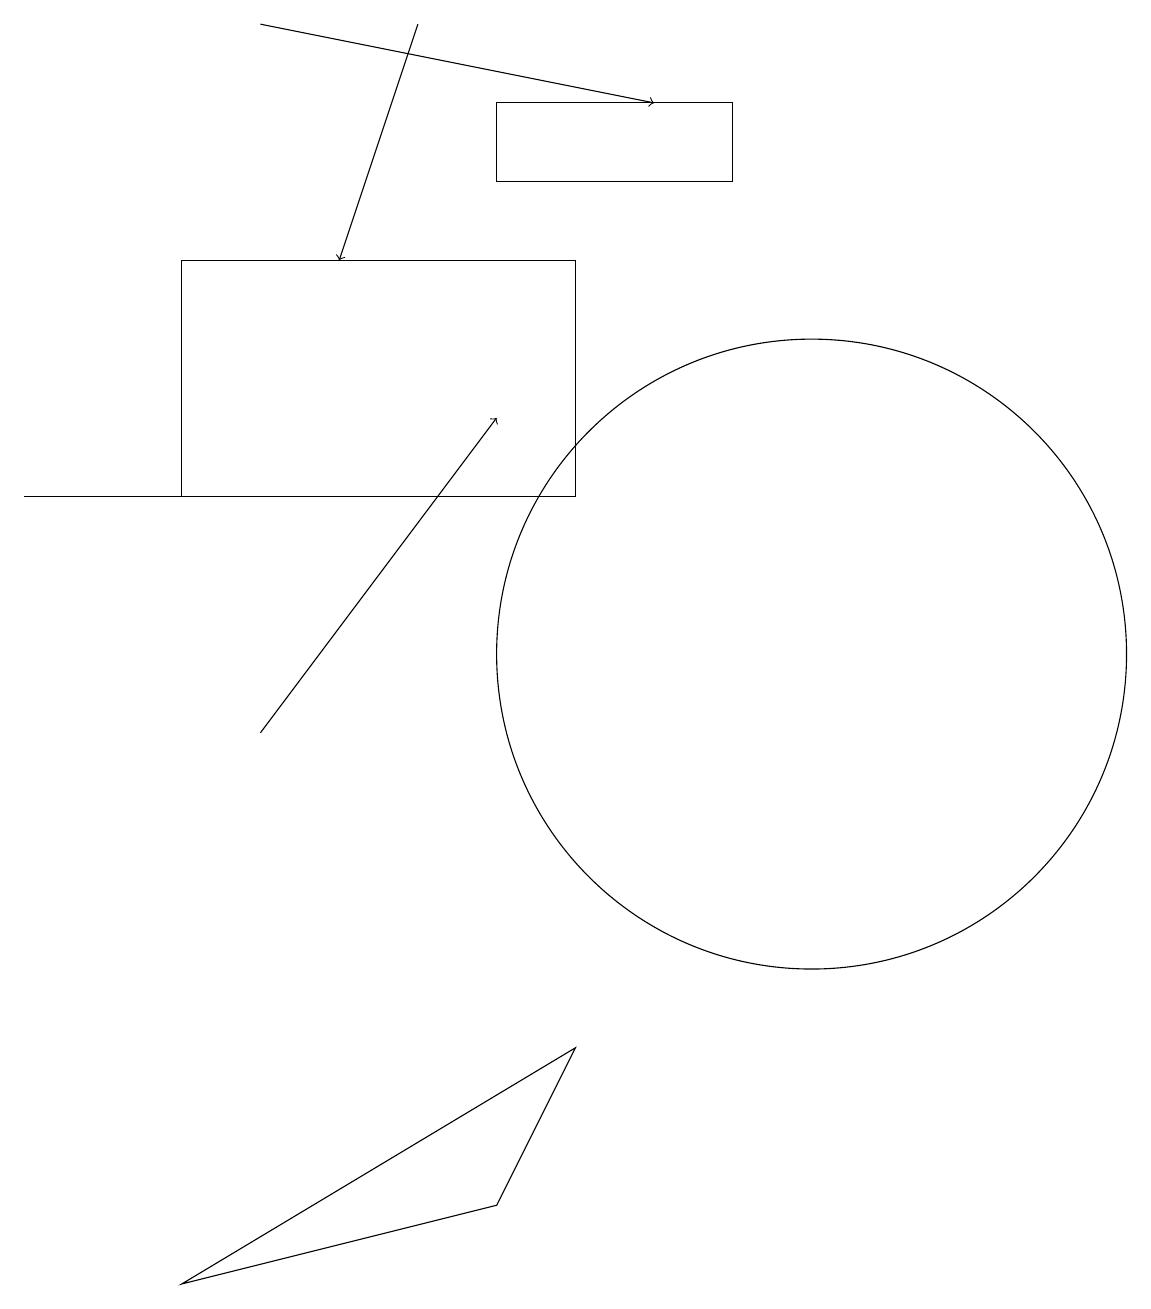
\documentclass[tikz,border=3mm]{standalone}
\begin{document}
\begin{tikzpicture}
\draw (10,11) circle (4);
\draw[->] (3,10) -- (6,14);
\draw (0,13) rectangle (4,13);
\draw[->] (5,19) -- (4,16);
\draw (7,16) rectangle (2,13);
\draw (2,3) -- (6,4) -- (7,6) -- cycle;
\draw (6,18) rectangle (9,17);
\draw[->] (3,19) -- (8,18);
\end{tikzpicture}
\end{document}